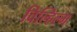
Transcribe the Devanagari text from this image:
विल्हिल्म